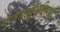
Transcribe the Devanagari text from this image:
गुंतवणूकीमध्ये